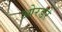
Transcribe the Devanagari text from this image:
ओरडरे